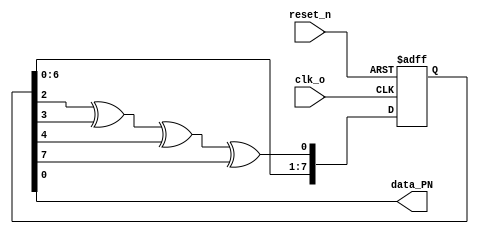
module PN_Seq(
	clk_o, 	/*  */
	reset_n,          /*  */	
	
	data_PN  /*  */
);

input clk_o;	/*  */
input reset_n;/*  */
output data_PN;/*  */

reg    [ 7 : 0 ] c; /* c 3  8 */
	
always @( posedge clk_o or negedge reset_n ) 
 begin 
 if( !reset_n )  
 begin //
 c <= 8'b0000_0001; 
 end 
 else //
 begin 
 c[ 7 ] <= c[ 6 ]; //
 c[ 6 ] <= c[ 5 ]; 
 c[ 5 ] <= c[ 4 ]; 
 c[ 4 ] <= c[ 3 ]; 
 c[ 3 ] <= c[ 2 ]; 
 c[ 2 ] <= c[ 1 ]; 
 c[ 1 ] <= c[ 0 ]; 
 c[ 0 ] <= c[ 2 ] ^ c[ 3 ] ^ c[ 4 ] ^ c[ 7 ];
 end 
 end 
 assign data_PN = c[ 0 ]; //	/* m */
	
endmodule